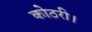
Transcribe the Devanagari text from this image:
कोठरी।